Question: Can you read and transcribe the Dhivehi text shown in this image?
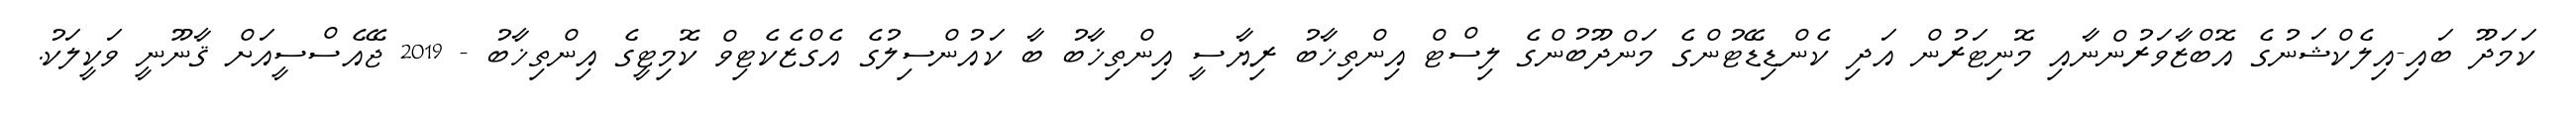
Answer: ކަމަދޫ ބައި-އިލެކްޝަނުގެ އޮބްޒާވަރުންނާއި މޮނިޓަރުން އަދި ކެންޑިޑޭޓުންގެ މަންދޫބުންގެ ލިސްޓް އިންތިޚާބު ރިޔާސީ އިންތިޚާބު ބާ ކައުންސިލުގެ އެގްޒެކެޓިވް ކޮމިޓީގެ އިންތިޚާބު - 2019 ޖޭއެސްސީއަށް ޤާނޫނީ ވަކީލަކު.